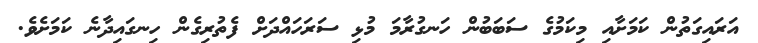
އަރައިގަތުން ކަމަށާއި މިކަމުގެ ސަބަބުން ހަނގުރާމަ މުޅި ސަރަަހައްދަށް ފެތުރިގެން ހިނގައިދާނެ ކަމަށެވެ.